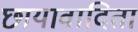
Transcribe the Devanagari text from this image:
छायावादिता